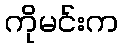
ကိုမင်းက